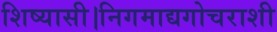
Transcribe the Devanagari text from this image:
शिष्यासी।निगमाद्यगोचराशी